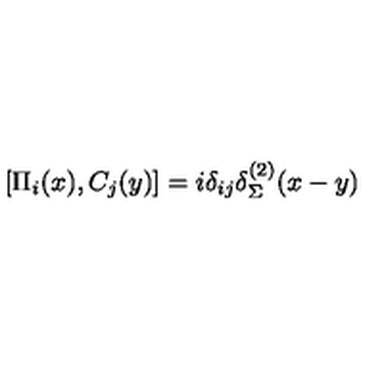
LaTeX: \left[ \Pi _ { i } ( x ) , C _ { j } ( y ) \right] = i \delta _ { i j } \delta _ { \Sigma } ^ { ( 2 ) } ( x - y )